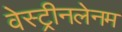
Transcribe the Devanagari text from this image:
वेस्ट्रीनलेनम